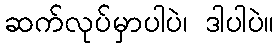
ဆက်လုပ်မှာပါပဲ၊ ဒါပါပဲ။